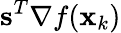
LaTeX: \mathbf{s}^{T}\nabla f(\mathbf{x}_{k})